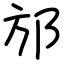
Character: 邡